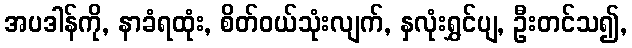
အပဒါန်ကို, နာခံရထုံး, စိတ်ဝယ်သုံးလျက်, နှလုံးရွှင်ပျ, ဦးတင်သ၍,